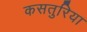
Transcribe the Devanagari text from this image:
कसतुरिया